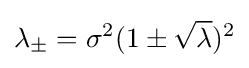
\lambda _{\pm }=\sigma ^{2}(1\pm {\sqrt {\lambda }})^{2}